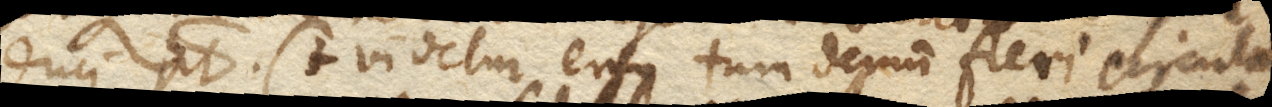
duci potest. (+ Videtur ergo tum demum fieri circulatio,